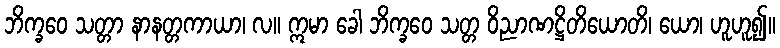
ဘိက္ခဝေ သတ္တာ နာနတ္တကာယာ၊ လ။ ဣမာ ခေါ ဘိက္ခဝေ သတ္တ ဝိညာဏဋ္ဌိတိယောတိ၊ ယော၊ ဟူဟူ၍။